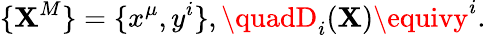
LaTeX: \{ \mathbf{X}^{M}\} =\{ x^{\mu},y^{i}\} ,\quadD_{i}(\mathbf{X})\equivy^{i}.